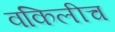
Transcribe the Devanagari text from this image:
वकिलीच